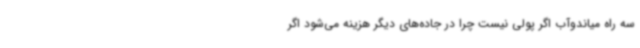
سه راه میاندوآب اگر پولی نیست چرا در جاده‌های دیگر هزینه می‌شود اگر